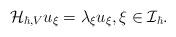
LaTeX: \begin{align*}\mathcal{H}_{\hbar,V}u_{\xi}=\lambda_{\xi}u_{\xi}, \xi\in \mathcal{I}_{\hbar}.\end{align*}